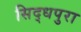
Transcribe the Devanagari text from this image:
सिद्धपुरा